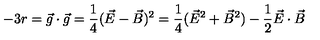
- 3 r = \vec { g } \cdot \vec { g } = \frac { 1 } { 4 } ( \vec { E } - \vec { B } ) ^ { 2 } = \frac { 1 } { 4 } ( \vec { E } ^ { 2 } + \vec { B } ^ { 2 } ) - \frac { 1 } { 2 } \vec { E } \cdot \vec { B }